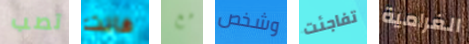
تصب فانت مع وشخص تفاجئت الغرامية